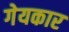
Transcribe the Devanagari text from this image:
गेयकार